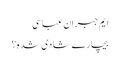
ایم جبران عباسی
بیچارے شادی شدہ؟